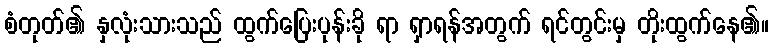
စံတုတ်၏ နှလုံးသားသည် ထွက်ပြေးပုန်းခို ရာ ရှာရန်အတွက် ရင်တွင်းမှ တိုးထွက်နေ၏။